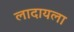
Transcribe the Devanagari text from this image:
लादायला